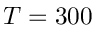
T = 3 0 0